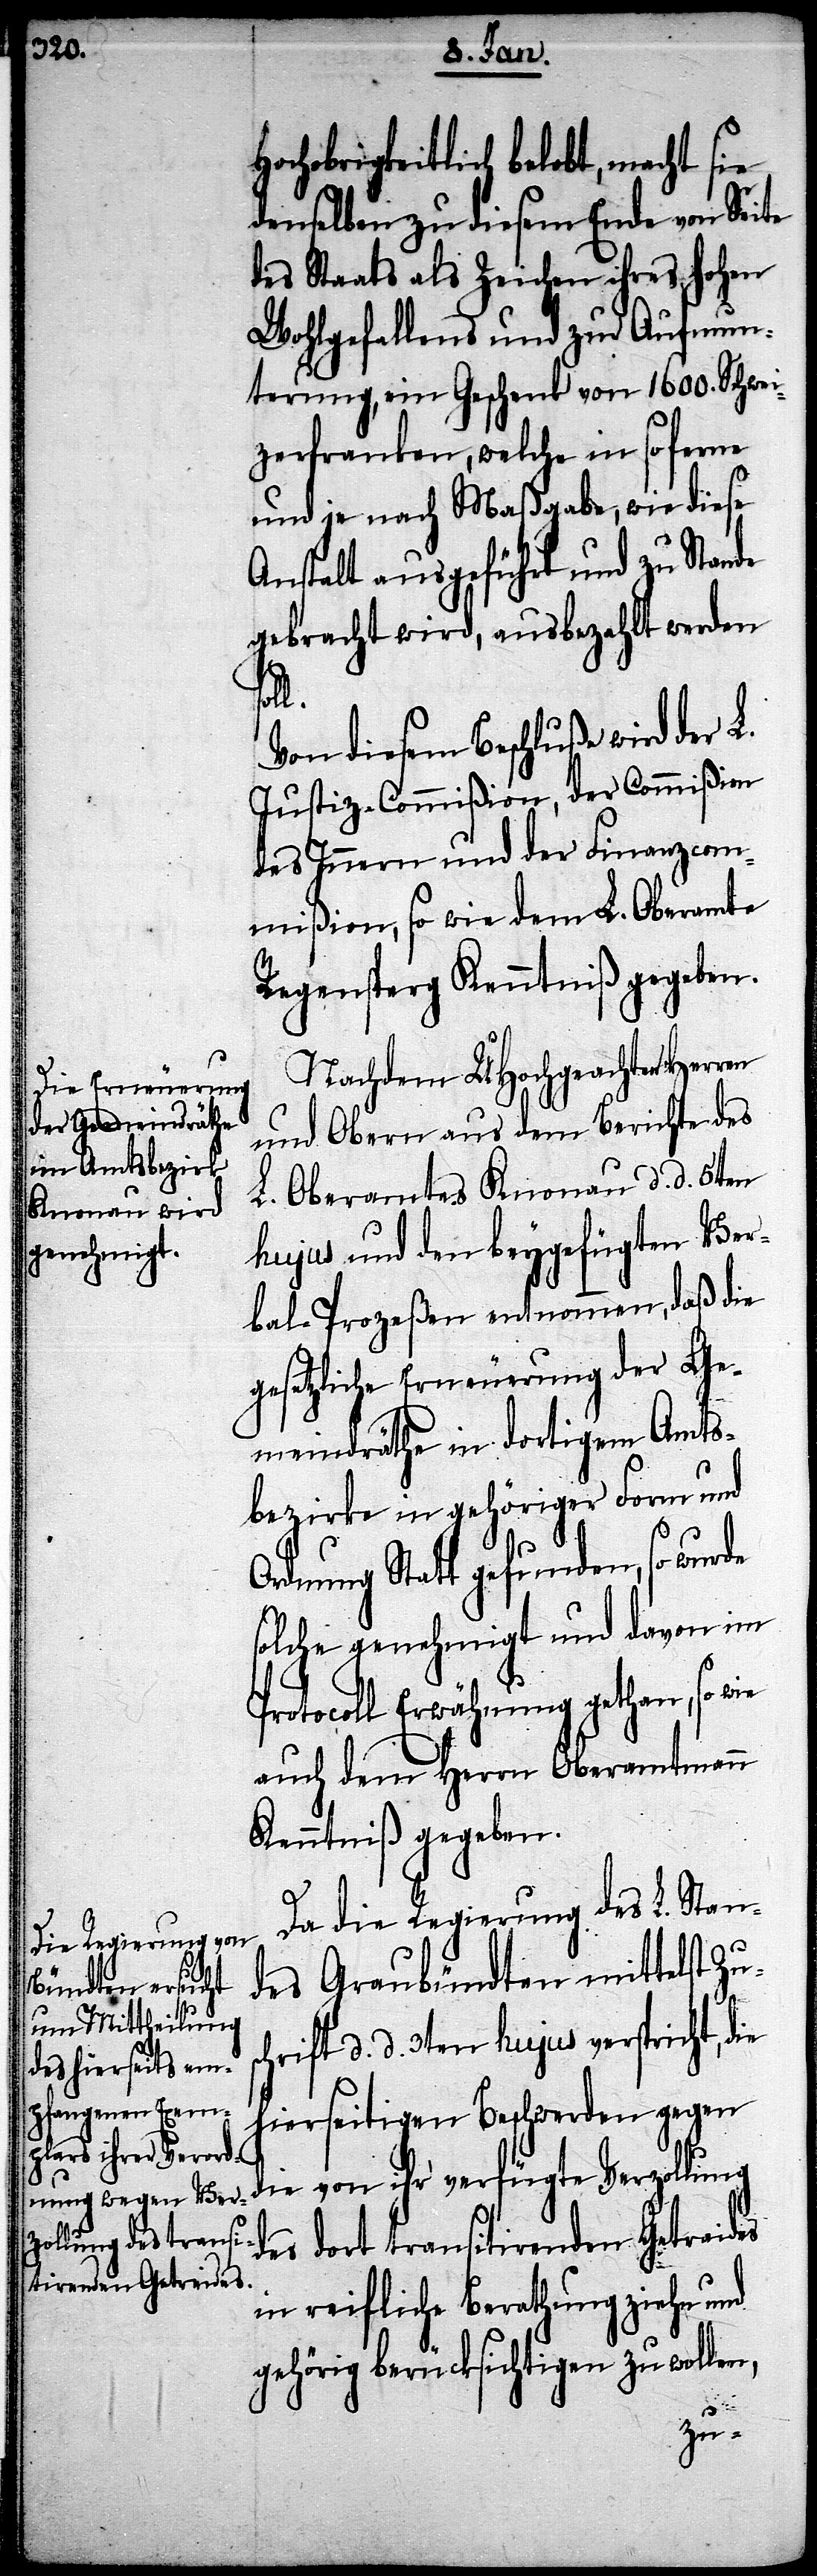
hochobrigkeitlich belobt, macht sie
denselben zu diesem Ende von Seite
des Staats als Zeichen ihres hohen
Wohlgefallens und zur Aufmun¬
terung, ein Geschenk von 1600. Schwei¬
zerfranken, welche in so ferne
und je nach Maßgabe, wie diese
Anstalt ausgeführt und zu Stande
gebracht wird, ausbezahlt werden
Von diesem Beschluße wird der L.
Justiz-Commißion, der Commißion
des Innern und der Finanzcom¬
mißion, so wie dem L. Oberamte
Regensperg Kenntniß gegeben.
Nachdem UHochgeachten Herren
und Obern aus dem Berichte des
L. Oberamtes Knonau d. d. 5ten
hujus und den beygefügten Ver¬
bal-Prozeßen entnommen, daß die
gesetzliche Erneuerung der Ge¬
meindräthe in dortigem Amts¬
bezirke in gehöriger Form und
Ordnung Statt gefunden, so wurde
solche genehmigt und davon im
Protocoll Erwähnung gethan, so wie
auch dem Herrn Oberamtmann
Kenntniß gegeben.
Da die Regierung des L Stan¬
des Graubündten mittelst Zus¬
chrift d. d. 3ten hujus verspricht, die
hierseitigen Beschwerden gegen
die von ihr verfügte Verzollung
des dort transitirenden Getreides
in reifliche Berathung ziehe und
gehörig berücksichtigen zu wollen,